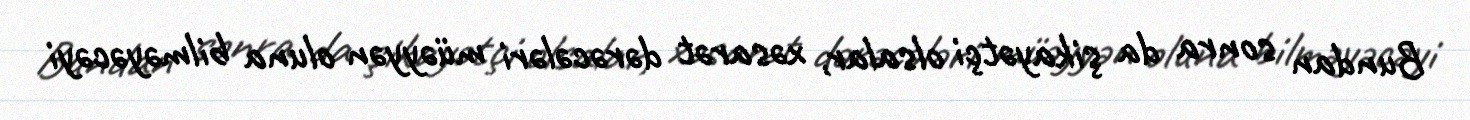
Bundan sonra da şikayətçi olsalar, xəsarət dərəcələri müəyyən oluna bilməyəcəyi